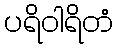
ပရိဝါရိတံ